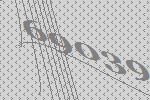
69039